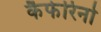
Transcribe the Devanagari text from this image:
कैफेरिनो